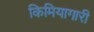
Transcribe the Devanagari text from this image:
किमियागारी